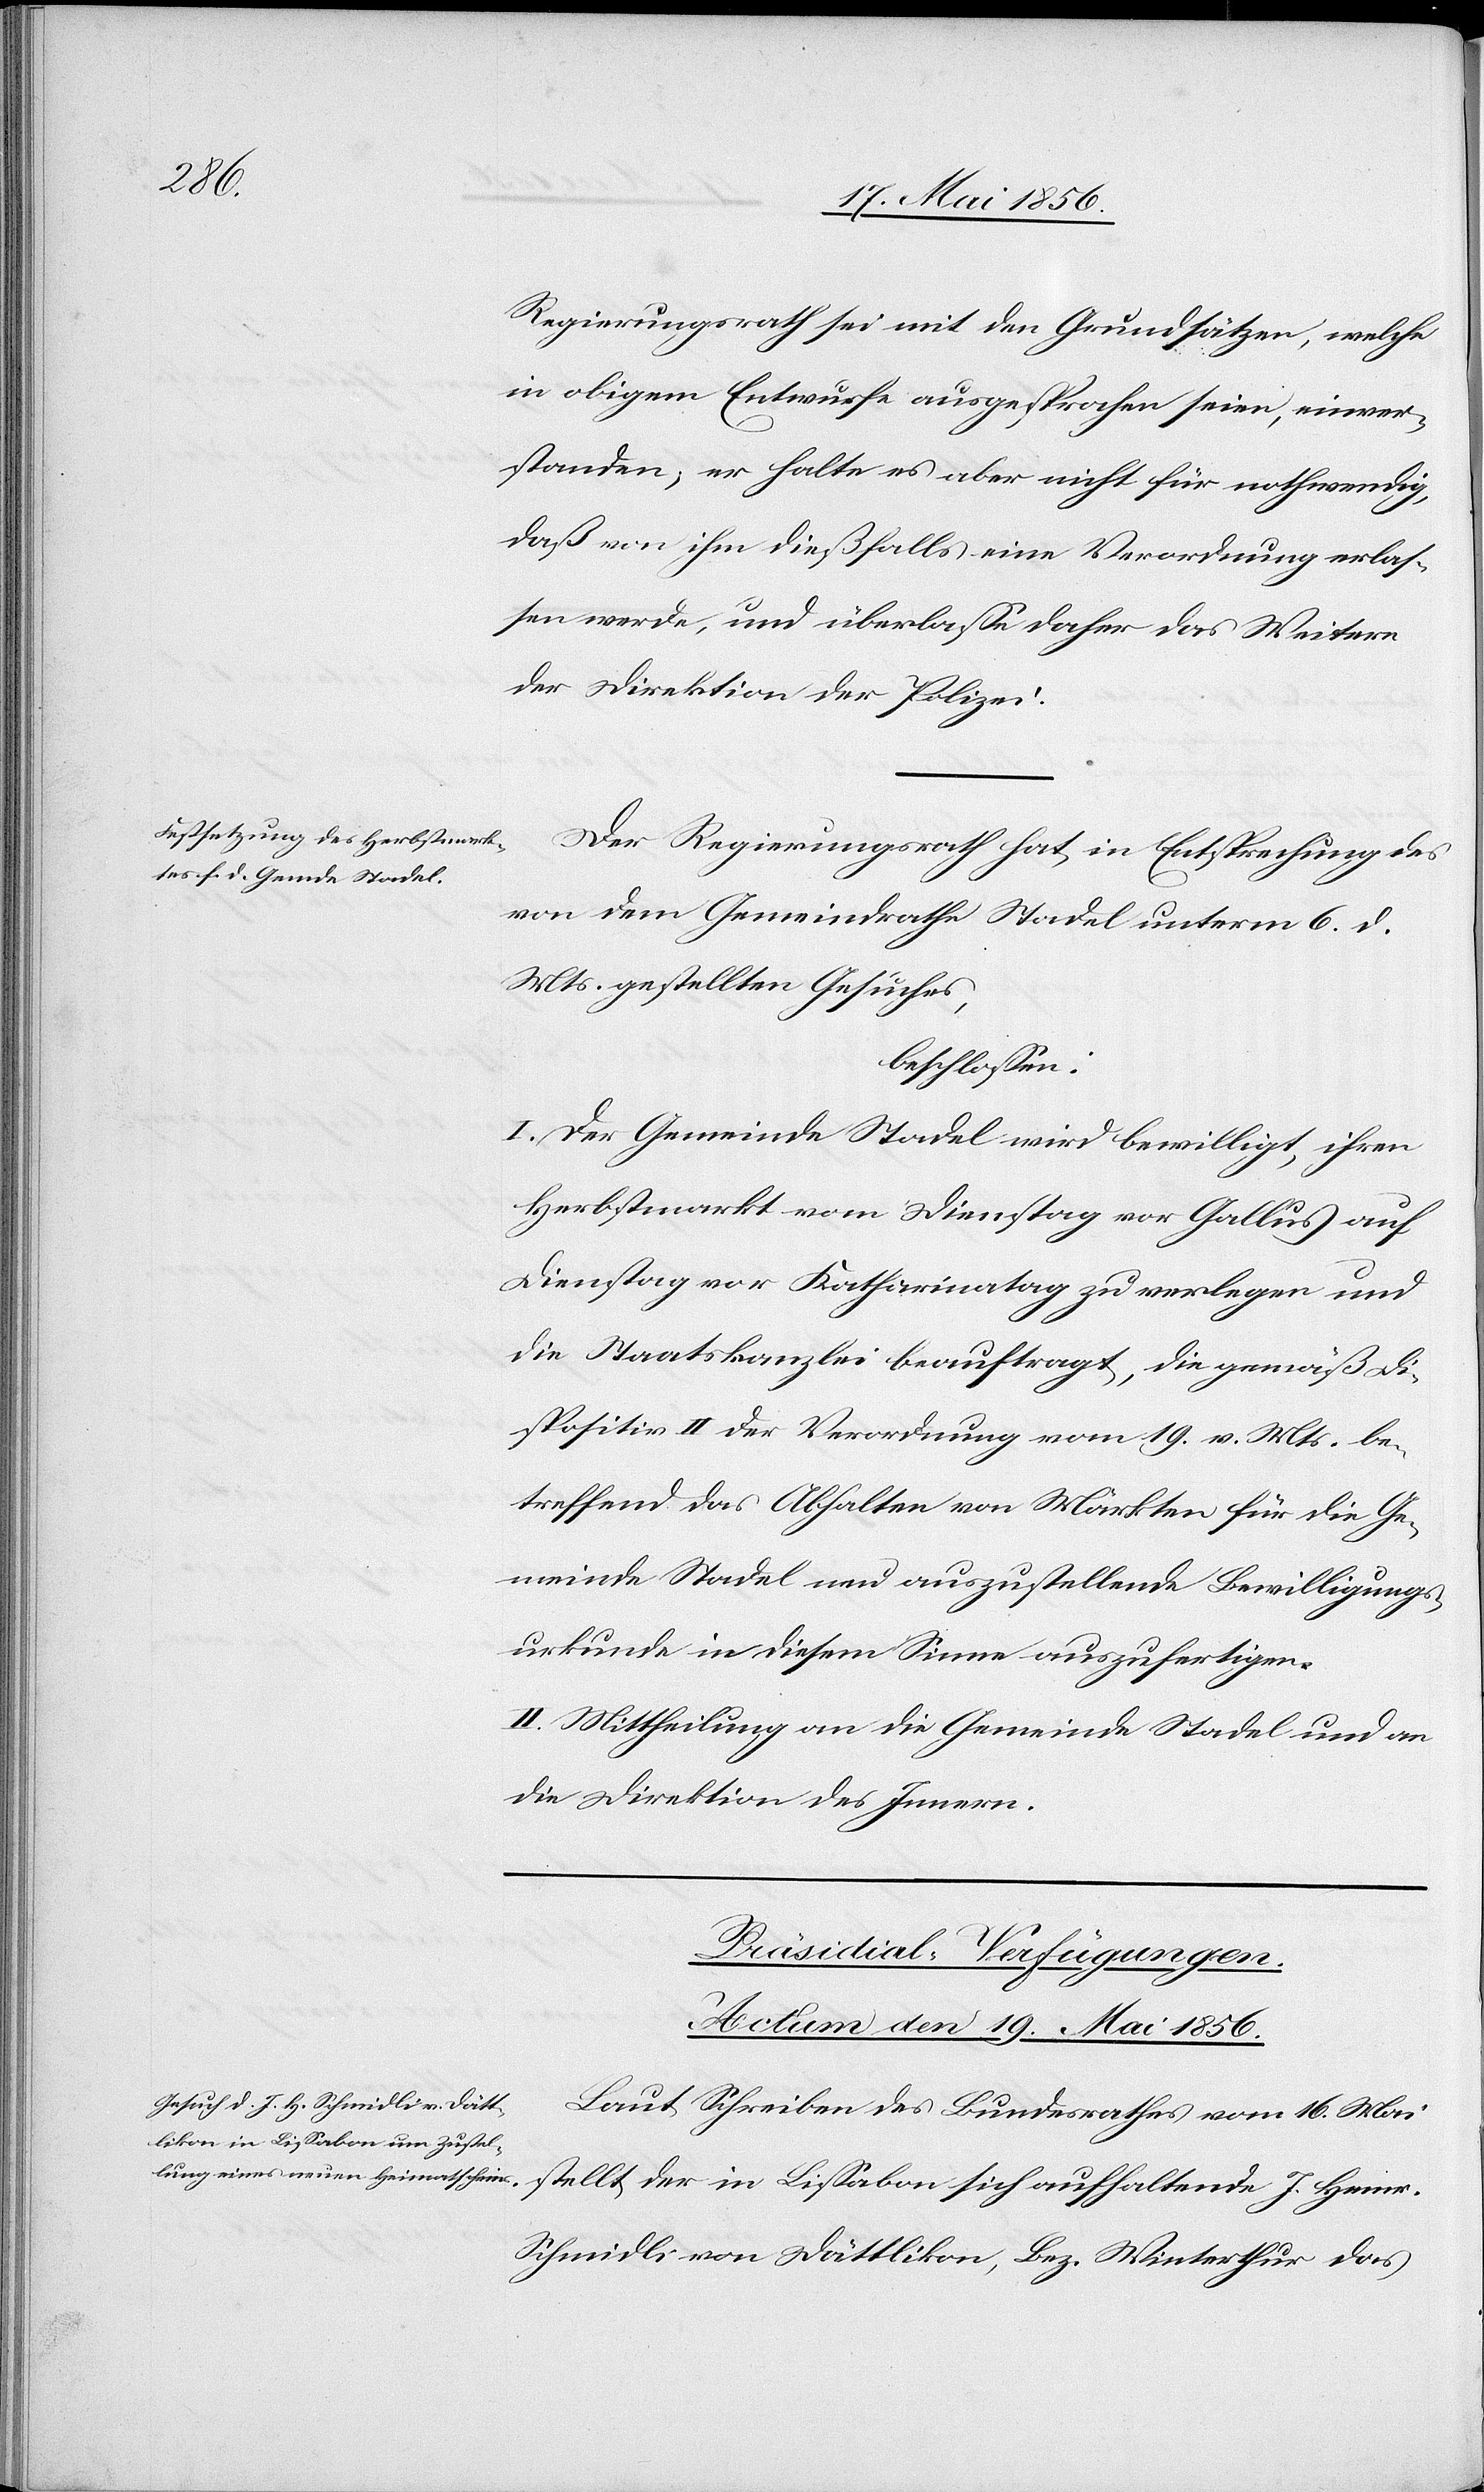
Regierungsrath sei mit den Grundsätzen, welche
in obigem Entwurfe ausgesprochen seien, einver¬
standen; er halte es aber nicht für nothwendig,
daß von ihm dießfalls eine Verordnung erlas¬
sen werde, und überlasse daher das Weitere
der Direktion der Polizei.
Der Regierungsrath hat, in Entsprechung des
von dem Gemeindrathe Stadel unterm 6. d.
Mts. gestellten Gesuches,
beschlossen:
I. Der Gemeinde Stadel wird bewilligt, ihren
Herbstmarkt vom Dienstag vor Gallus auf
Dienstag vor Katharinatag zu verlegen und
die Staatskanzlei beauftragt, die gemäß Di¬
spositiv II der Verordnung vom 19. v. Mts. be¬
treffend das Abhalten von Märkten für die Ge¬
meinde Stadel neu auszustellende Bewilligungs¬
urkunde in diesem Sinne auszufertigen.
II. Mittheilung an die Gemeinde Stadel und an
die Direktion des Innern.
Präsidial-Verfügungen.
Actum den 19. Mai 1856.
Laut Schreiben des Bundesrathes vom 16. Mai
Schmidli von Dättlikon, Bez. Winterthur das